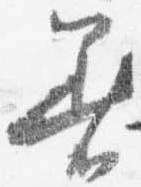
着